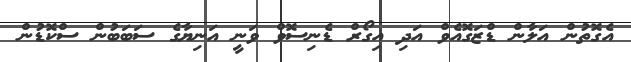
އެގޮތުން އަލާން ޑްޒަގޮއެވް އަދި އިގޯރް ޑެނިސޮވް ވަނީ އަނިޔާގެ ސަބަބުން ސްކޮޑުން